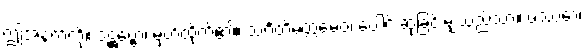
ဤအနက်ကို။ ဒဋ္ဌဗ္ဗော၊ မှတ်ထိုက်၏။ သင်္ဂတိမတ္တမေဝ၊ ပေါင်းဆုံခြင်းမျှသည်သာ။ ဖဿော၊